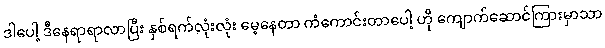
ဒါပေါ့ ဒီနေရာရာလာပြီး နှစ်ရက်လုံးလုံး မေ့နေတာ ကံကောင်းတာပေါ့ ဟို ကျောက်ဆောင်ကြားမှာသာ